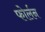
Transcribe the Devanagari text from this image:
फोर्लन